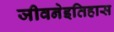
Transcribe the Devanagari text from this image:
जीवनेइतिहास